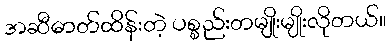
အဆီဓာတ်ထိန်းတဲ့ ပစ္စည်းတမျိုးမျိုးလိုတယ်။